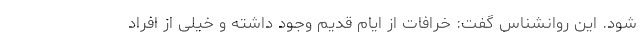
شود. این روانشناس گفت: خرافات از ایام قدیم‌ وجود داشته و خیلی از افراد